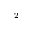
^ 2